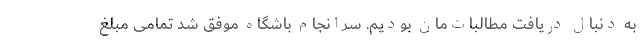
به دنبال دریافت مطالبات‌مان بودیم. سرانجام باشگاه موفق شد تمامی مبلغ